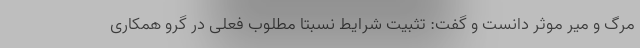
مرگ و میر موثر دانست و گفت: تثبیت شرایط نسبتا مطلوب فعلی در گرو همکاری